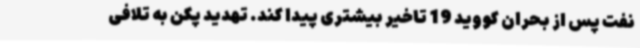
نفت پس از بحران کووید 19 تاخیر بیشتری پیدا کند. تهدید پکن به تلافی